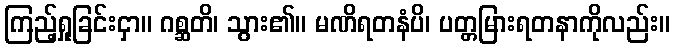
ကြည့်ရှုခြင်းငှာ။ ဂစ္ဆတိ၊ သွား၏။ မဏိရတနံပိ၊ ပတ္တမြားရတနာကိုလည်း။